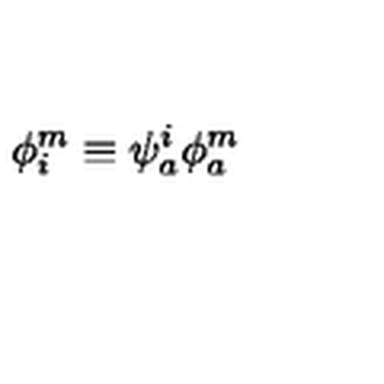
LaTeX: \phi _ { i } ^ { m } \equiv \psi _ { a } ^ { i } \phi _ { a } ^ { m }